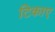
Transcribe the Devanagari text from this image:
टिकाए